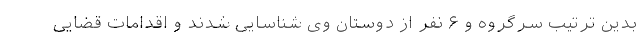
بدین ترتیب سرگروه و ۶ نفر از دوستان وی شناسایی شدند و اقدامات قضایی